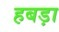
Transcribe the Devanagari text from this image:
हबड़ा